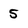
Character: 5